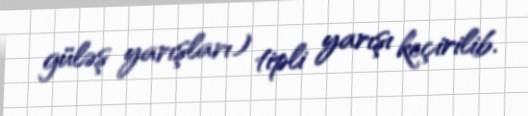
güləş yarışları) tipli yarışı keçirilib.